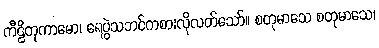
ကီဠိတုကာမော၊ ရေပွဲသဘင်ကစားလိုလတ်သော်။ စတုမာသေ စတုမာသေ၊